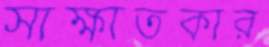
সাক্ষাতকার